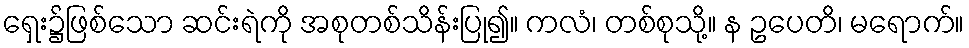
ရှေး၌ဖြစ်သော ဆင်းရဲကို အစုတစ်သိန်းပြု၍။ ကလံ၊ တစ်စုသို့။ န ဥပေတိ၊ မရောက်။